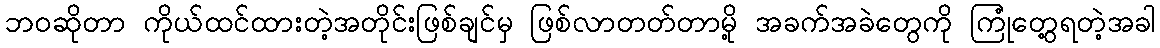
ဘဝဆိုတာ ကိုယ်ထင်ထားတဲ့အတိုင်းဖြစ်ချင်မှ ဖြစ်လာတတ်တာမို့ အခက်အခဲတွေကို ကြုံတွေ့ရတဲ့အခါ